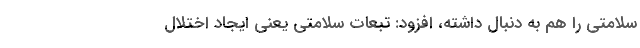
سلامتی را هم به دنبال داشته، افزود: تبعات سلامتی یعنی ایجاد اختلال